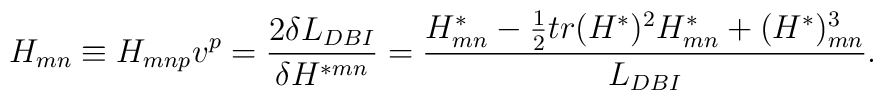
H_{mn}\equiv H_{mnp}v^p={{2\delta L_{DBI}}\over{\delta H^{*mn}}}={{H^*_{mn}-{1\over 2}tr(H^*)^2H^*_{mn}+(H^*)^3_{mn}}\over{L_{DBI}}}.